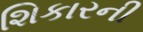
શિકારની